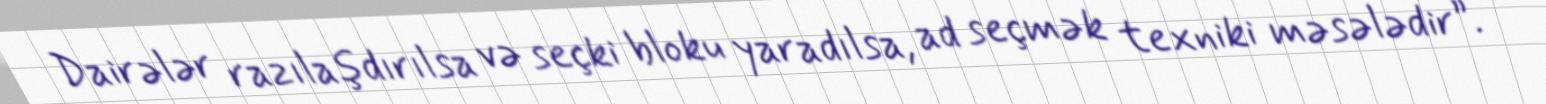
Dairələr razılaşdırılsa və seçki bloku yaradılsa, ad seçmək texniki məsələdir”.